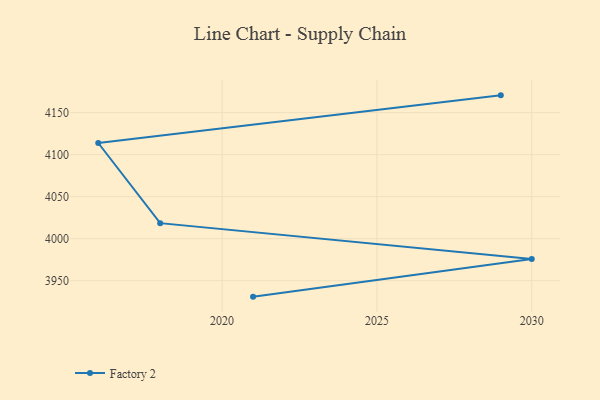
{"axis": {"x": "Year", "y": "Active Users"}, "legend": ["Factory 2"], "data": [{"x": "2029", "y": 4170.6, "type": "Factory 2"}, {"x": "2016", "y": 4113.9, "type": "Factory 2"}, {"x": "2018", "y": 4018.5, "type": "Factory 2"}, {"x": "2030", "y": 3975.8, "type": "Factory 2"}, {"x": "2021", "y": 3931.0, "type": "Factory 2"}]}